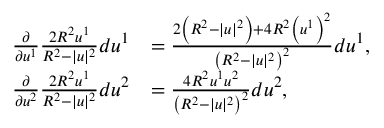
{ \begin{array} { r l } { { \frac { \partial } { \partial u ^ { 1 } } } { \frac { 2 R ^ { 2 } u ^ { 1 } } { R ^ { 2 } - | u | ^ { 2 } } } d u ^ { 1 } } & { = { \frac { 2 \left( R ^ { 2 } - | u | ^ { 2 } \right) + 4 R ^ { 2 } \left( u ^ { 1 } \right) ^ { 2 } } { \left( R ^ { 2 } - | u | ^ { 2 } \right) ^ { 2 } } } d u ^ { 1 } , } \\ { { \frac { \partial } { \partial u ^ { 2 } } } { \frac { 2 R ^ { 2 } u ^ { 1 } } { R ^ { 2 } - | u | ^ { 2 } } } d u ^ { 2 } } & { = { \frac { 4 R ^ { 2 } u ^ { 1 } u ^ { 2 } } { \left( R ^ { 2 } - | u | ^ { 2 } \right) ^ { 2 } } } d u ^ { 2 } , } \end{array} }